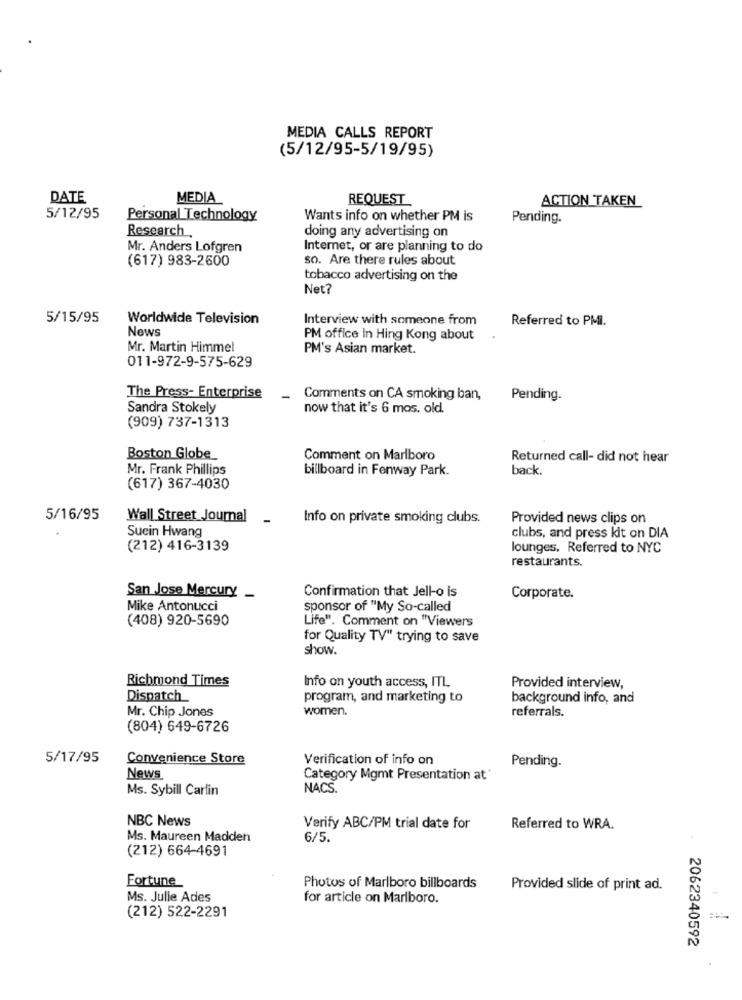
MEDIA CALLS REPORT
(5/12/95-5/19/95)
DATE
MEDIA
REQUEST
ACTION TAKEN
5/12/95
Personal Technology
Wants info on whether PM is
Pending.
Research.
doing any advertising on
Mr. Anders Lofgren
Internet, or are planning to do
(617) 983-2600
so. Are there rules about
tobacco advertising on the
Net?
5/15/95
Worldwide Television
Interview with someone from
Referred to PMI.
News
PM office in Hing Kong about
Mr. Martin Himmel
PM's Asian market.
011-972-9-575-629
The Press- Enterprise
Comments on CA smoking ban,
Pending.
Sandra Stokely
now that it's 6 mos. old.
(909) 737-1313
Boston Globe
Comment on Marlboro
Returned call- did not hear
Mr. Frank Phillips
billboard in Fenway Park.
back.
(617) 367-4030
5/16/95
Wall Street Journal
Info on private smoking clubs.
Provided news clips on
Suein Hwang
clubs, and press kit on DIA
(212) 416-3139
lounges, Referred to NYC
restaurants.
Confirmation that Jell-o is
San Jose Mercury _
Corporate.
Mike Antonucci
sponsor of "My So-called
(408) 920-5690
Life". Comment on "Viewers
for Quality TV" trying to save
show.
Richmond Times
Info on youth access, ITL
Provided interview,
Dispatch
program, and marketing to
background info, and
Mr. Chip Jones
women.
referrals.
(804) 649-6726
5/17/95
Convenience Store
Verification of info on
Pending.
News
Category Mgmt Presentation at
Ms. Sybill Carlin
NACS.
NBC News
Verify ABC/PM trial date for
Referred to WRA.
Ms. Maureen Madden
6/5.
(212) 664-4691
Fortune
Photos of Marlboro billboards
Provided slide of print ad.
Ms. Julie Ades
for article on Marlboro.
(212) 522-2291
2062340592